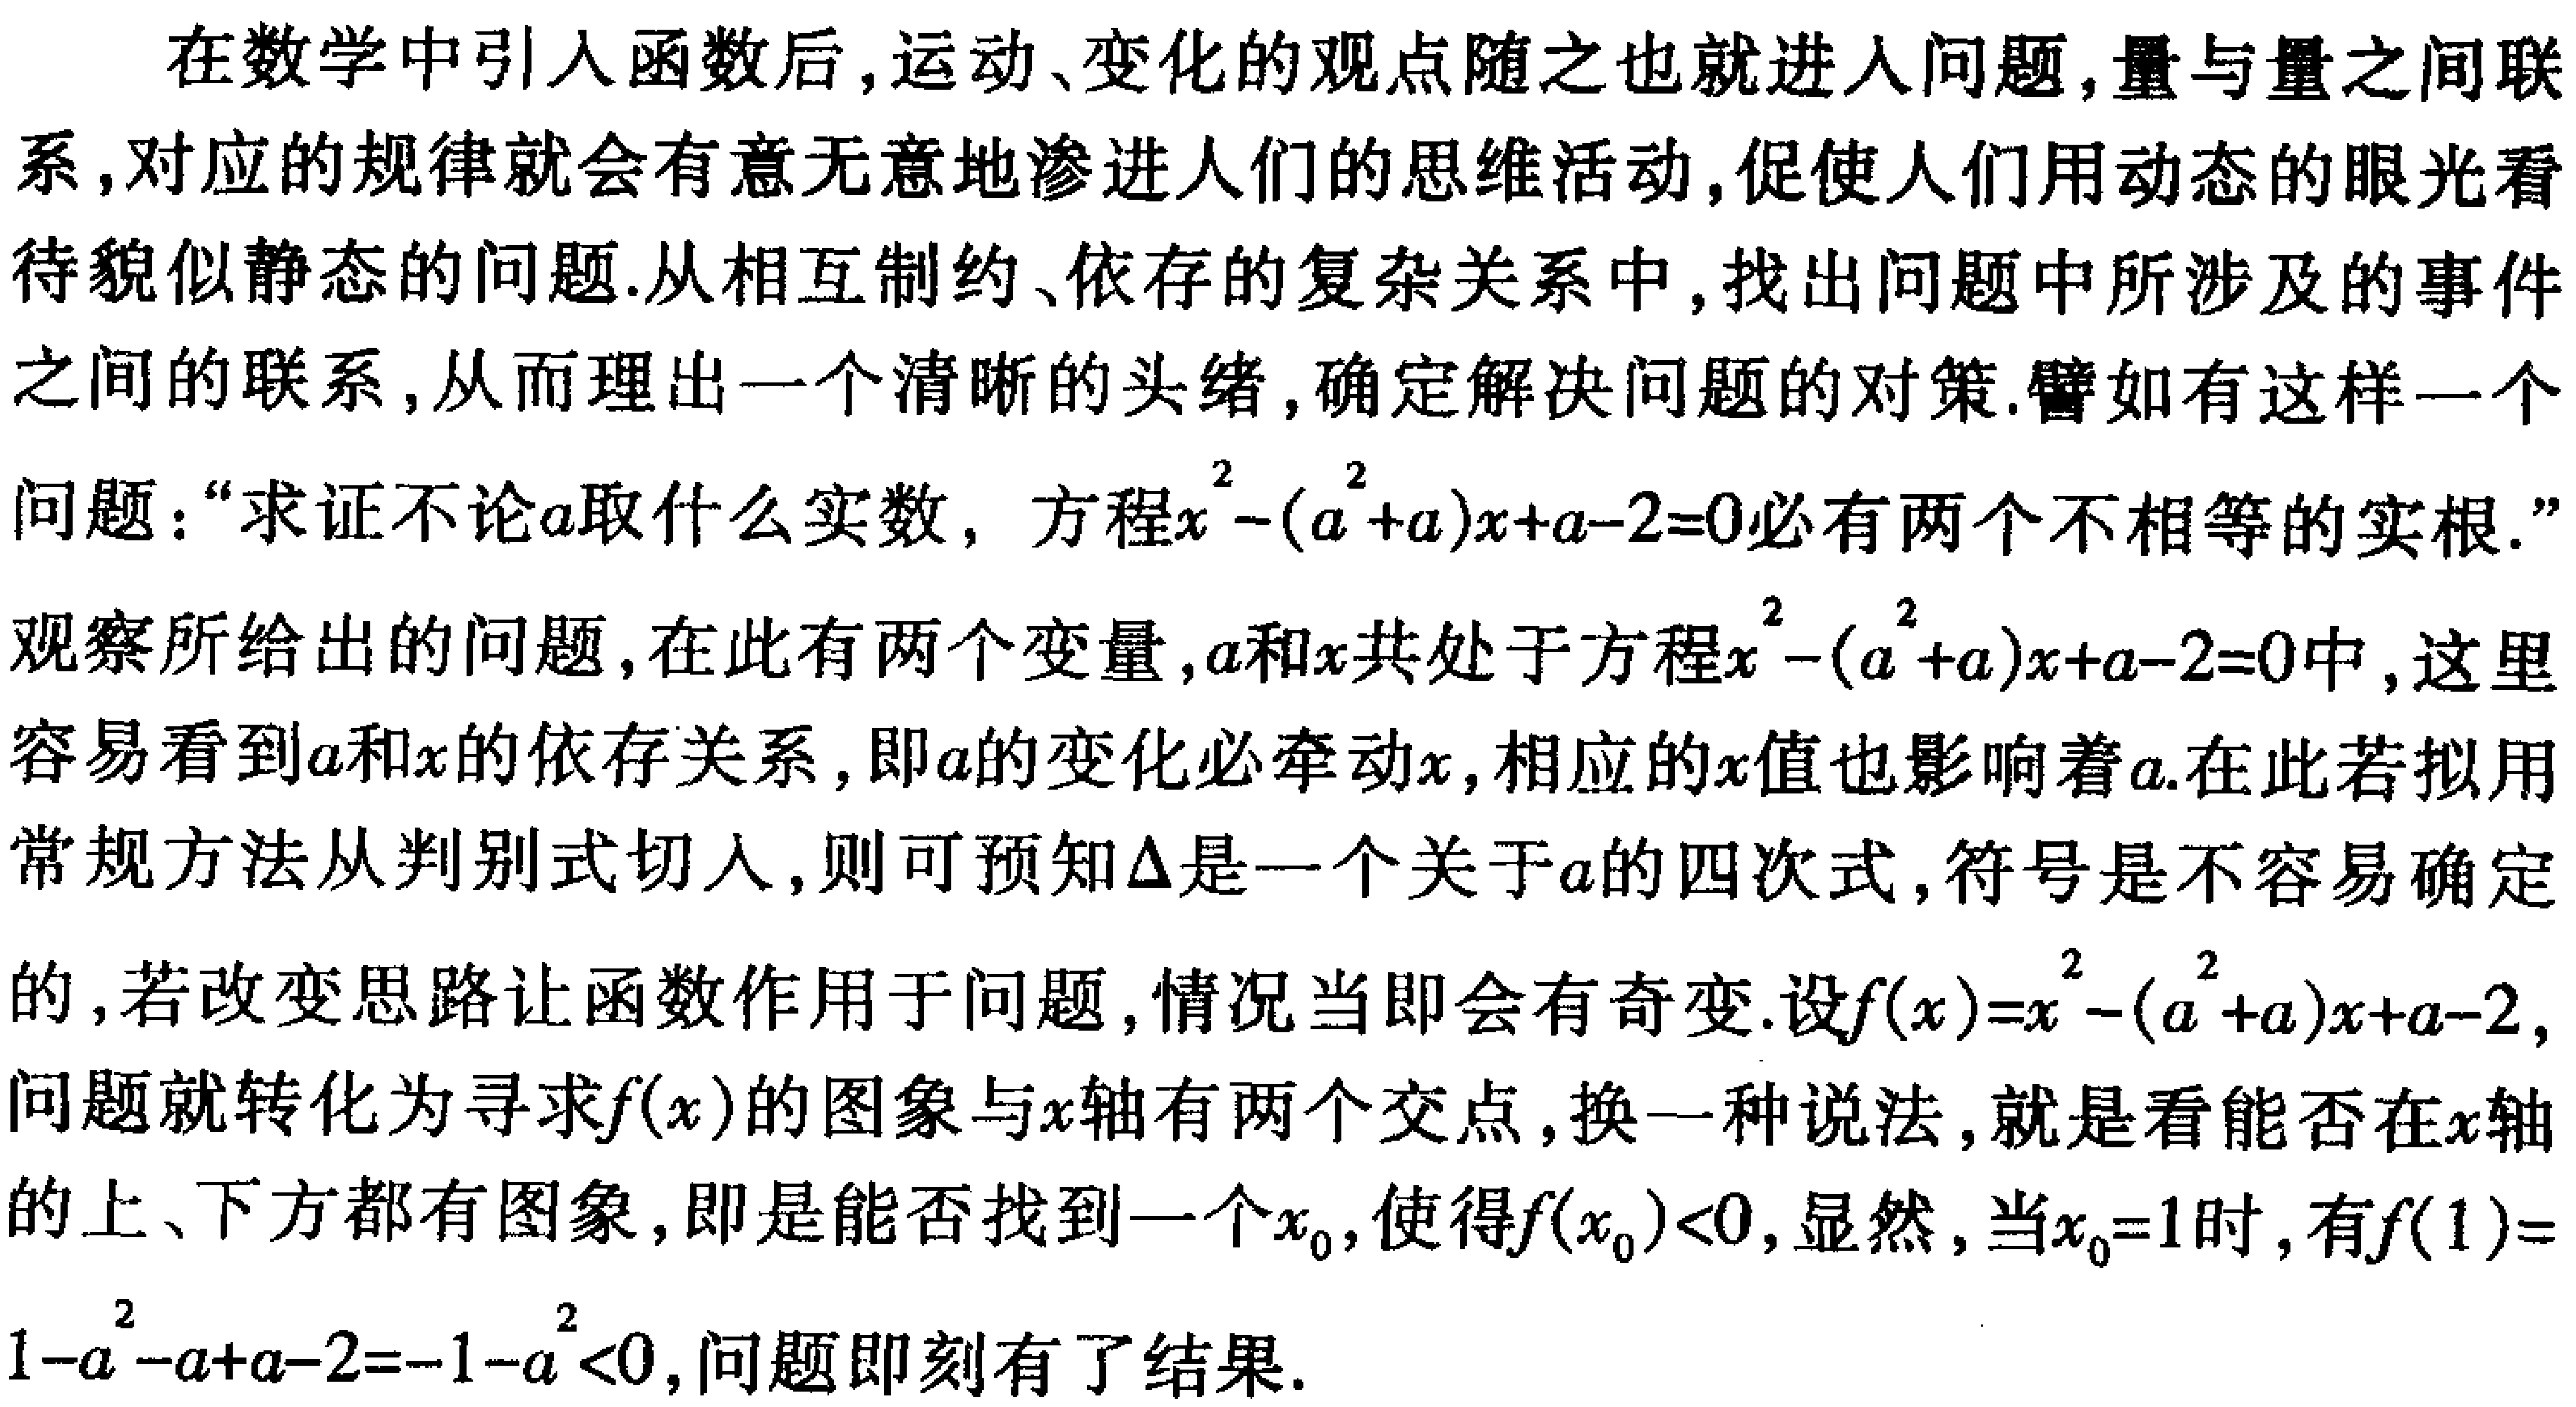
在数学中引入函数后,运动、变化的观点随之也就进入问题,量与量之间联系,对应的规律就会有意无意地渗进人们的思维活动,促使人们用动态的眼光看待貌似静态的问题.从相互制约、依存的复杂关系中,找出问题中所涉及的事件之间的联系,从而理出一个清晰的头绪,确定解决问题的对策.譬如有这样一个问题：“求证不论\(a\)取什么实数，方程\(x^{2}-(a^{2}+a)x + a - 2 = 0\)必有两个不相等的实根.”观察所给出的问题,在此有两个变量,\(a\)和\(x\)共处于方程\(x^{2}-(a^{2}+a)x + a - 2 = 0\)中,这里容易看到\(a\)和\(x\)的依存关系,即\(a\)的变化必牵动\(x\),相应的\(x\)值也影响着\(a\).在此若拟用常规方法从判别式切入,则可预知\(\Delta\)是一个关于\(a\)的四次式,符号是不容易确定的,若改变思路让函数作用于问题,情况当即会有奇变.设\(f(x)=x^{2}-(a^{2}+a)x + a - 2\),问题就转化为寻求\(f(x)\)的图象与\(x\)轴有两个交点,换一种说法,就是看能否在\(x\)轴的上、下方都有图象,即是能否找到一个\(x_{0}\),使得\(f(x_{0})<0\),显然,当\(x_{0}=1\)时,有\(f(1)=1 - a^{2}-a + a - 2=-1 - a^{2}<0\),问题即刻有了结果.